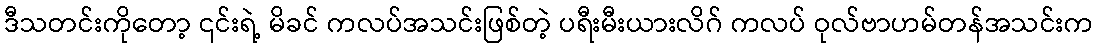
ဒီသတင်းကိုတော့ ၎င်းရဲ့ မိခင် ကလပ်အသင်းဖြစ်တဲ့ ပရီးမီးယားလိဂ် ကလပ် ဝုလ်ဗာဟမ်တန်အသင်းက